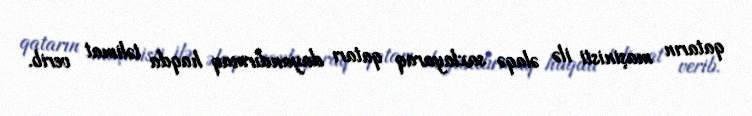
qatarın maşinisti ilə əlaqə saxlayaraq qatarı dayandırmaq haqda təlimat verib.